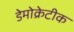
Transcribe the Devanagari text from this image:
डेेमोक्रेटीक